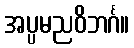
အပ္ပမညဝိဘင်္ဂ။